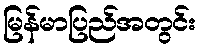
မြန်မာပြည်အတွင်း